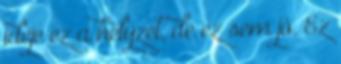
ideje ez a helyzet, de ez sem jó. Ez